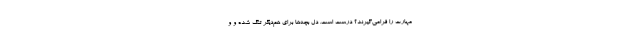
مهارت را فرامی‌گیرند؟ درست است. دل بچه‌ها برای هم‌دیگر تنگ شده و و